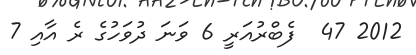
2012 47  ފެބްރުއަރީ 6 ވަނަ ދުވަހުގެ ރެ އާއި 7